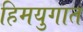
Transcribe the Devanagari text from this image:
हिमयुगात